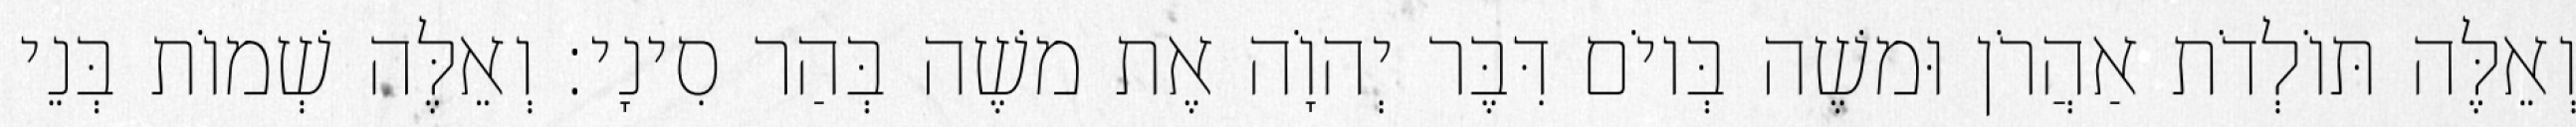
וְאֵלֶּה תּוֹלְדֹת אַהֲרֹן וּמשֶׁה בְּיוֹם דִּבֶּר יְהוָֹה אֶת משֶׁה בְּהַר סִינָי׃ וְאֵלֶּה שְׁמוֹת בְּנֵי